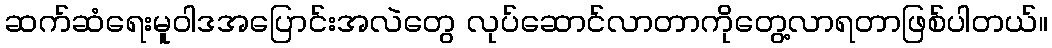
ဆက်ဆံရေးမူဝါဒအပြောင်းအလဲတွေ လုပ်ဆောင်လာတာကိုတွေ့လာရတာဖြစ်ပါတယ်။